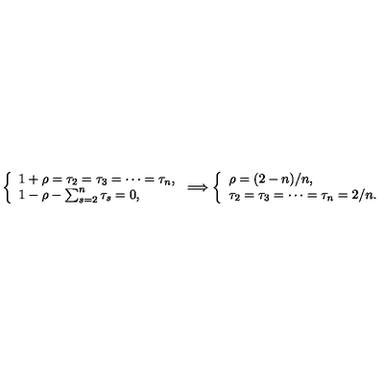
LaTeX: \left\{ \begin{array} { l } { 1 + \rho = \tau _ { 2 } = \tau _ { 3 } = \cdots = \tau _ { n } , } \\ { 1 - \rho - \sum _ { s = 2 } ^ { n } \tau _ { s } = 0 , } \\ \end{array} \right. \Longrightarrow \left\{ \begin{array} { l } { \rho = ( 2 - n ) / n , } \\ { \tau _ { 2 } = \tau _ { 3 } = \cdots = \tau _ { n } = 2 / n . } \\ \end{array} \right.